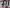
Text: D11